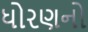
ધોરણનો